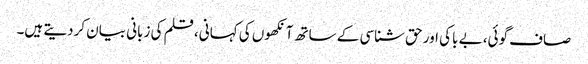
صاف گوئی، بے باکی اور حق شناسی کے ساتھ آنکھوں کی کہانی، قلم کی زبانی بیان کردیتے ہیں۔